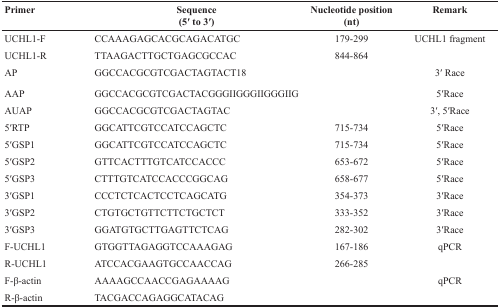
| Primer | Sequence (5′ to 3′) | Nucleotide position (nt) | Remark |
 | --- | --- | --- | --- |
 | UCHL1-F | CCAAAGAGCACGCAGACATGC | 179-299 | UCHL1 fragment |
 | UCHL1-R | TTAAGACTTGCTGAGCGCCAC | 844-864 |  |
 | AP | GGCCACGCGTCGACTAGTACT18 |  | 3′ Race |
 | AAP | GGCCACGCGTCGACTACGGGIIGGGIIGGGIIG |  | 5′Race |
 | AUAP | GGCCACGCGTCGACTAGTAC |  | 3′, 5′Race |
 | 5′RTP | GGCATTCGTCCATCCAGCTC | 715-734 | 5′Race |
 | 5′GSP1 | GGCATTCGTCCATCCAGCTC | 715-734 | 5′Race |
 | 5′GSP2 | GTTCACTTTGTCATCCACCC | 653-672 | 5′Race |
 | 5′GSP3 | CTTTGTCATCCACCCGGCAG | 658-677 | 5′Race |
 | 3′GSP1 | CCCTCTCACTCCTCAGCATG | 354-373 | 3′Race |
 | 3′GSP2 | CTGTGCTGTTCTTCTGCTCT | 333-352 | 3′Race |
 | 3′GSP3 | GGATGTGCTTGAGTTCTCAG | 282-302 | 3′Race |
 | F-UCHL1 | GTGGTTAGAGGTCCAAAGAG | 167-186 | qPCR |
 | R-UCHL1 | ATCCACGAAGTGCCAACCAG | 266-285 |  |
 | F-β-actin | AAAAGCCAACCGAGAAAAG |  | qPCR |
 | R-β-actin | TACGACCAGAGGCATACAG |  |  |